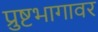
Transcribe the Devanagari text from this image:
प्रुष्टभागावर